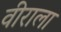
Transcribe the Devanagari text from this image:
वीराला